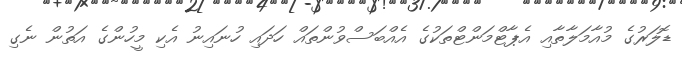
ޑޮލަރުގެ މުއާމަލާތާއި އެޕާޓްމަންޓްތަކުގެ އެއްބަސްވުންތައް ހަދައި ހުނައިނު އެކި މީހުންގެ އަތުން ނެގި